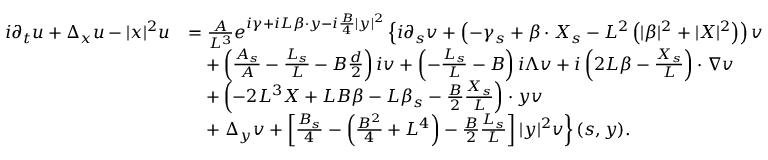
\begin{array} { r l } { i \partial _ { t } u + \Delta _ { x } u - | x | ^ { 2 } u } & { = \frac { A } { L ^ { 3 } } e ^ { i \gamma + i L \beta \cdot y - i \frac { B } { 4 } | y | ^ { 2 } } \left\{ i \partial _ { s } v + \left( - \gamma _ { s } + \beta \cdot X _ { s } - L ^ { 2 } \left( | \beta | ^ { 2 } + | X | ^ { 2 } \right) \right) v \right. } \\ & { \quad + \left( \frac { A _ { s } } { A } - \frac { L _ { s } } { L } - B \frac { d } { 2 } \right) i v + \left( - \frac { L _ { s } } { L } - B \right) i \Lambda v + i \left( 2 L \beta - \frac { X _ { s } } { L } \right) \cdot \nabla v } \\ & { \quad + \left( - 2 L ^ { 3 } X + L B \beta - L \beta _ { s } - \frac { B } { 2 } \frac { X _ { s } } { L } \right) \cdot y v } \\ & { \quad + \left. \Delta _ { y } v + \left[ \frac { B _ { s } } { 4 } - \left( \frac { B ^ { 2 } } { 4 } + L ^ { 4 } \right) - \frac { B } { 2 } \frac { L _ { s } } { L } \right] | y | ^ { 2 } v \right\} ( s , y ) . } \end{array}